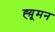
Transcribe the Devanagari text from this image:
ह्य़ूमन